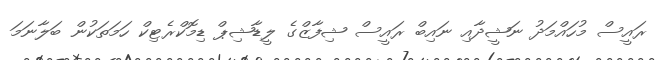
ރައީސް މުހައްމަދު ނަޝީދާއި ނައިބް ރައީސް ޝިފާޒްގެ ލީޑާޝިޕް ޑިމޮކްރެޓިކް ހަމަތަކުން ބަލާނަމަ